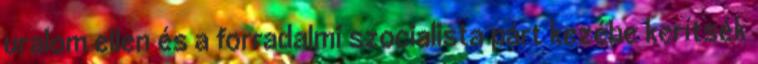
uralom ellen és a forradalmi szocialista párt kezébe kerítsék